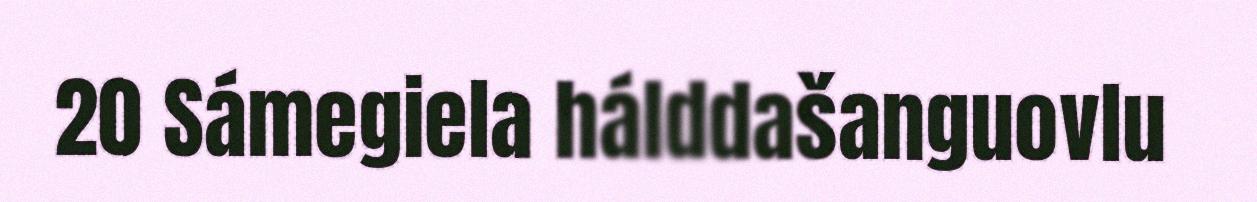
20 Sámegiela hálddašanguovlu